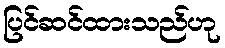
ပြင်ဆင်ထားသည်ဟု